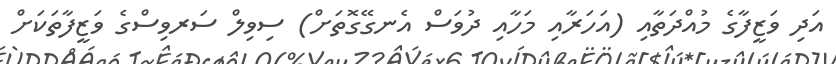
އަދި ވަޒީފާގެ މުއްދަތާއި (އަހަރާއި މަހާއި ދުވަސް އެނގޭގޮތަށް) ސިވިލް ސަރވިސްގެ ވަޒީފާތަކަށް